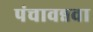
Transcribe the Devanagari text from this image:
पंचावन्नवा